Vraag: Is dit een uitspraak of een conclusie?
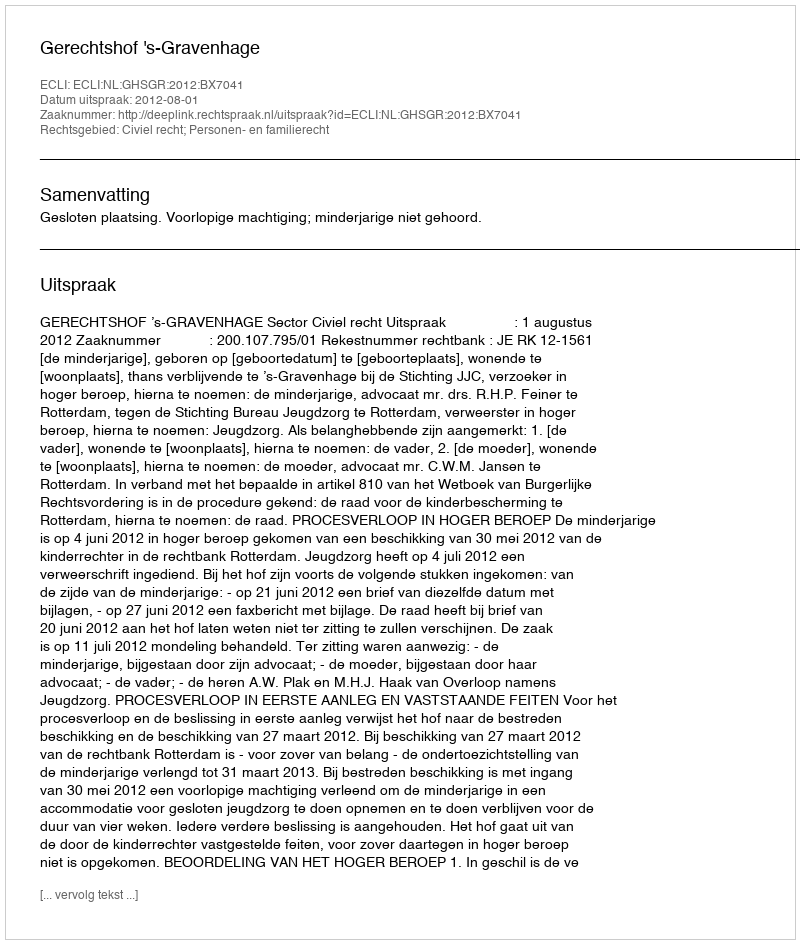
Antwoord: Uitspraak